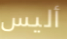
أليس